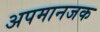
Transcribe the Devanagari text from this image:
अपमानजक